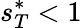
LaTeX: s_{T}^{*}<1